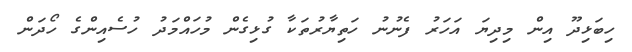
ހިބަޅިދޫ އިން މިދިޔަ އަހަރު ފެނުނު ހަތިޔާރުތަކާ ގުޅިގެން މުހައްމަދު ހުސެއިންގެ ހޯދަން